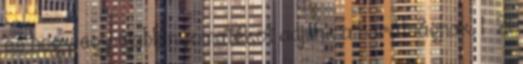
és hogy egy újabb nyomatékot adjunk a barátságnak. 1 2l